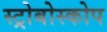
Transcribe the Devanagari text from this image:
स्ट्रोबोस्कोप